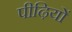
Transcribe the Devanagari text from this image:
पीढ़ियों